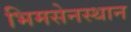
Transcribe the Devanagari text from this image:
भिमसेनस्थान